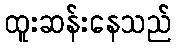
ထူးဆန်းနေသည်